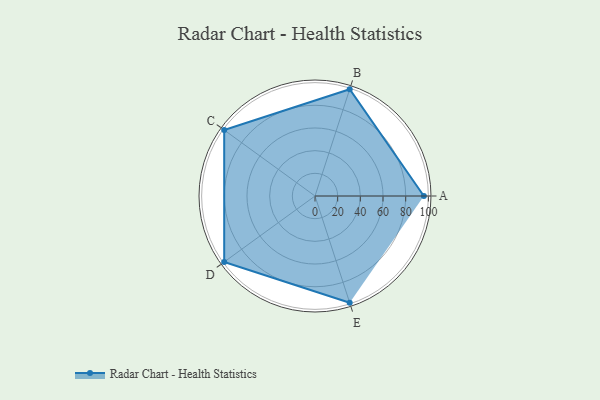
{"axis": {"x": "Skill", "y": "Score"}, "legend": ["Profile"], "data": [{"x": "A", "y": 96.0, "type": "Profile"}, {"x": "B", "y": 99.0, "type": "Profile"}, {"x": "C", "y": 99, "type": "Profile"}, {"x": "D", "y": 99, "type": "Profile"}, {"x": "E", "y": 99, "type": "Profile"}]}